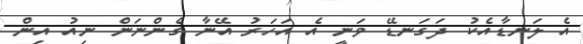
އެ ލަނޑާއެކު ދަގަނޑޭ ވަނީ އެ އަހަރު އޭނާ ގެންނަން ނިއު އިން